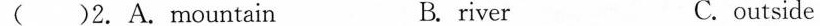
( )2.A.mountain B. river C.outside